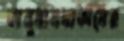
অনুদানদাতাদের